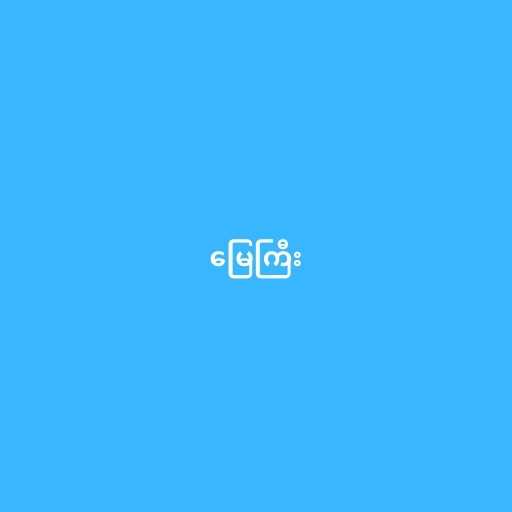
မြေကြီး